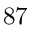
8 7